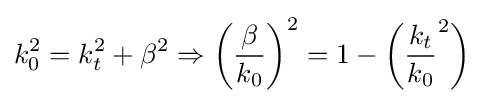
k_{0}^{2}=k_{t}^{2}+\beta ^{2}\Rightarrow \left({\frac {\beta }{k_{0}}}\right)^{2}=1-\left({\frac {k_{t}}{k_{0}}}^{2}\right)